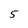
Character: 5